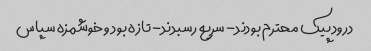
درود پیک محترم بودند- سریع رسبدند- تازه بود و خوشمزه سپاس